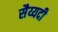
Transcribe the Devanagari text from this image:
सैय्यदी